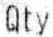
QTY